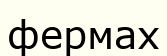
фермах